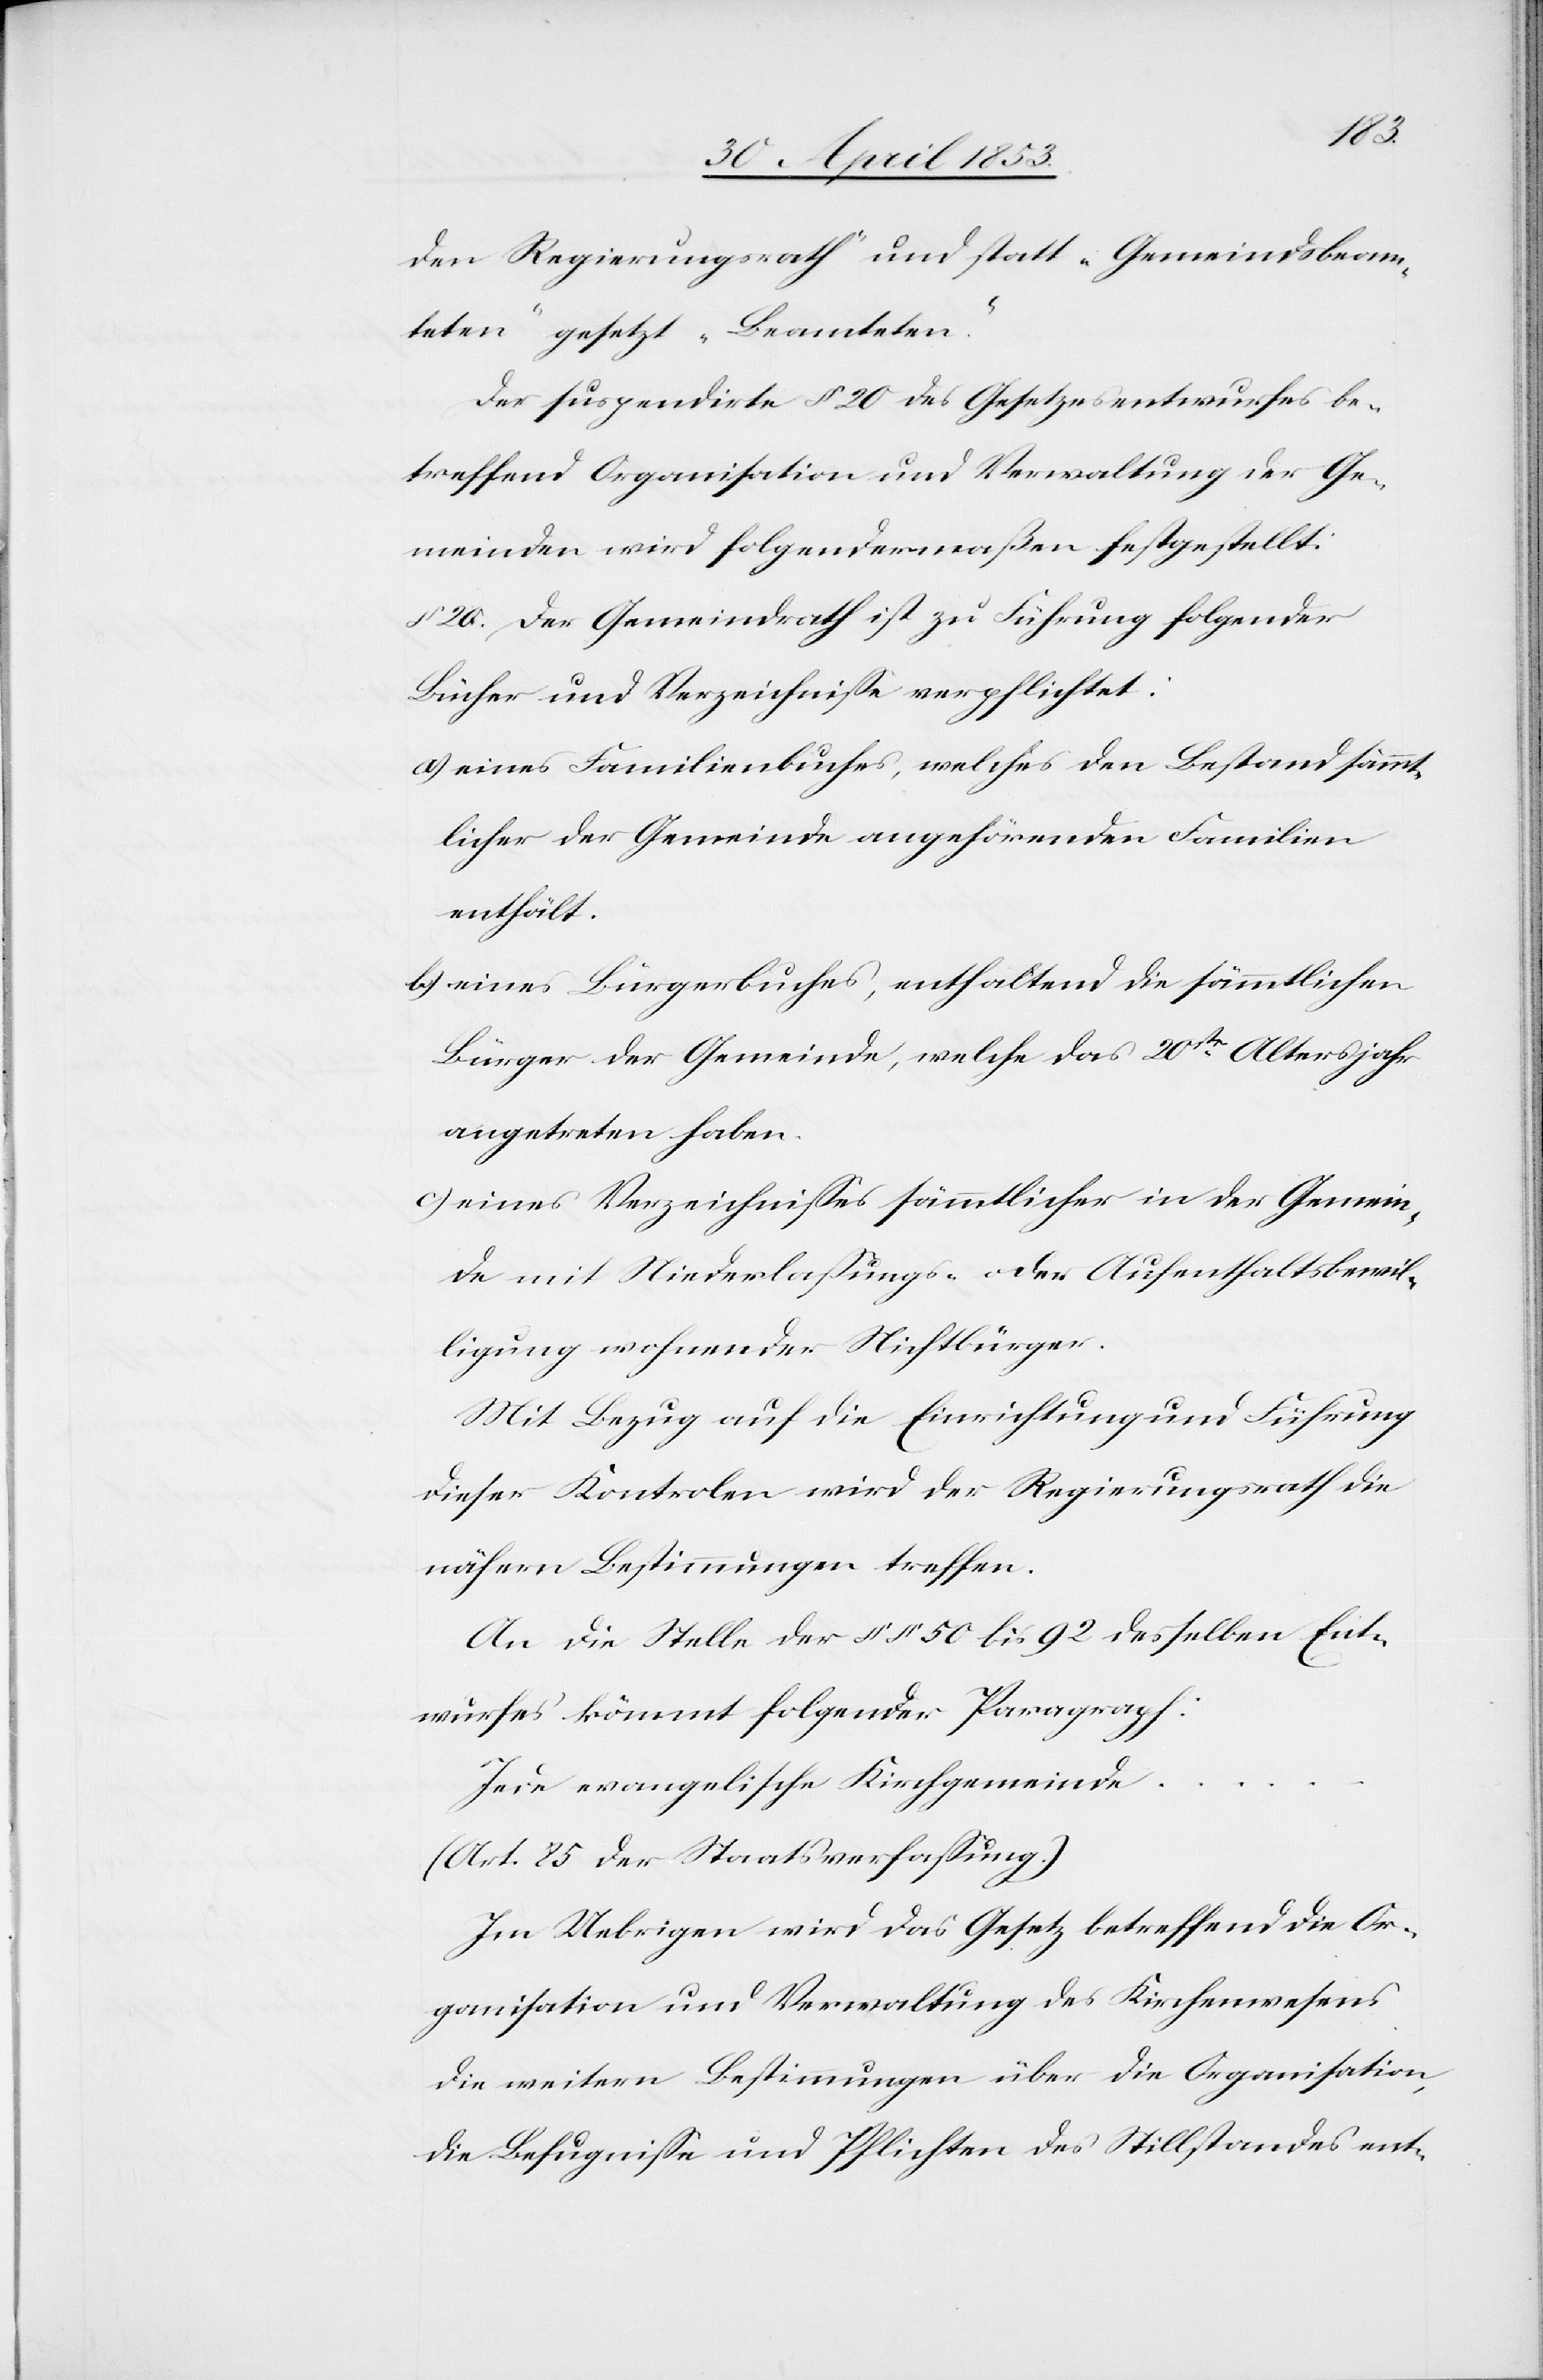
den Regierungsrath“ und statt „Gemeindsbeam¬
teten“ gesetzt „Beamteten.“
Der suspendirte § 20 des Gesetzesentwurfes be¬
treffend Organisation und Verwaltung der Ge¬
meinden wird folgendermaßen festgestellt:
§ 20. Der Gemeindrath ist zu Führung folgender
Bücher und Verzeichniße verpflichtet:
a) eines Familienbuches, welches den Bestand sämmt¬
licher der Gemeinde angehörenden Familien
enthält.
b) eines Bürgerbuches, enthaltend die sämmtlichen
Bürger der Gemeinde, welche das 20te. Altersjahr
angetreten haben.
c) eines Verzeichnißes sämmtlicher in der Gemein¬
de mit Niederlaßungs- oder Aufenthaltsbewil¬
ligung wohnender Nichtbürger.
Mit Bezug auf die Einrichtung und Führung
dieser Kontrolen [sic!] wird der Regierungsrath die
nähern Bestimmungen treffen.
An die Stelle der §§ 50 bis 92 desselben Ent¬
wurfes kömmt folgender Paragraph:
Jede evangelische Kirchgemeinde
(Art. 85 der Staatsverfaßung.)
Im Uebrigen wird das Gesetz betreffend die Or¬
ganisation um Verwaltung des Kirchenwesens
die weitern Bestimmungen über die Organisation,
die Befugniße und Pflichten des Stillstandes ent-